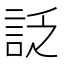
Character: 𧦟